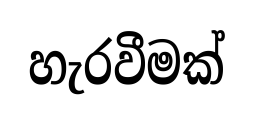
හැරවීමක්